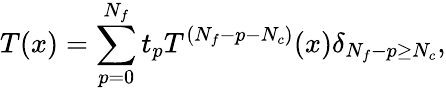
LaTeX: T(x)=\sum_{p=0}^{N_{f}}t_{p}T^{(N_{f}-p-N_{c})}(x)\delta_{N_{f}-p\geq N_{c}},